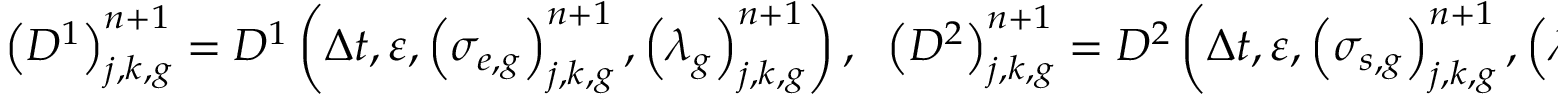
\left( D ^ { 1 } \right) _ { j , k , g } ^ { n + 1 } = D ^ { 1 } \left( \Delta t , \varepsilon , \left( \sigma _ { e , g } \right) _ { j , k , g } ^ { n + 1 } , \left( \lambda _ { g } \right) _ { j , k , g } ^ { n + 1 } \right) , \; \; \left( D ^ { 2 } \right) _ { j , k , g } ^ { n + 1 } = D ^ { 2 } \left( \Delta t , \varepsilon , \left( \sigma _ { s , g } \right) _ { j , k , g } ^ { n + 1 } , \left( \lambda _ { g } \right) _ { j , k , g } ^ { n + 1 } \right)